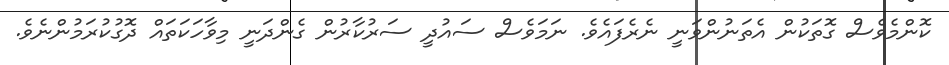
ކޮންމެވެސް ގޮތަކުން އެތަނުންވަނީ ނެރެފައެވެ. ނަމަވެސް ސައުދީ ސަރުކާރުން ގެންދަނީ މިވާހަކަތައް ދޮގުކުރަމުންނެވެ.